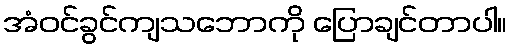
အံဝင်ခွင်ကျသဘောကို ပြောချင်တာပါ။